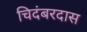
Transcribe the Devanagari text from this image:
चिदंबरदास